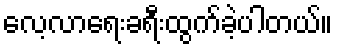
လေ့လာရေးခရီးထွက်ခဲ့ပါတယ်။